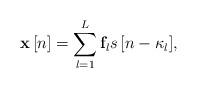
LaTeX: \begin{align*} {\bf{x}}\left[ n \right] = \sum\limits_{l = 1}^L {{{\bf{f}}_l}s\left[ {n - {\kappa _l}} \right]}, \end{align*}